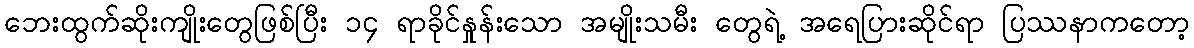
ဘေးထွက်ဆိုးကျိုးတွေဖြစ်ပြီး ၁၄ ရာခိုင်နှုန်းသော အမျိုးသမီး တွေရဲ့ အရေပြားဆိုင်ရာ ပြဿနာကတော့